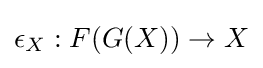
\epsilon _{X}:F(G(X))\to X